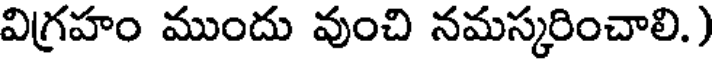
విగ్రహం ముందు వుంచి నమస్కరించాలి.)